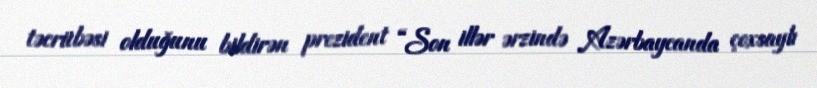
təcrübəsi olduğunu bildirən prezident “Son illər ərzində Azərbaycanda çoxsaylı